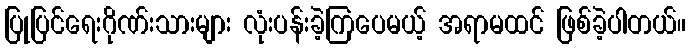
ပြုပြင်ရေးဂိုဏ်းသားများ လုံးပန်းခဲ့ကြပေမယ့် အရာမထင် ဖြစ်ခဲ့ပါတယ်။